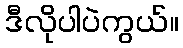
ဒီလိုပါပဲကွယ်။